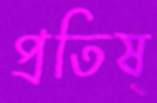
প্রতিষ্